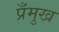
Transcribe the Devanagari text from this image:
प्रँमुख